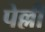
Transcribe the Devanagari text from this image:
पेल्ली